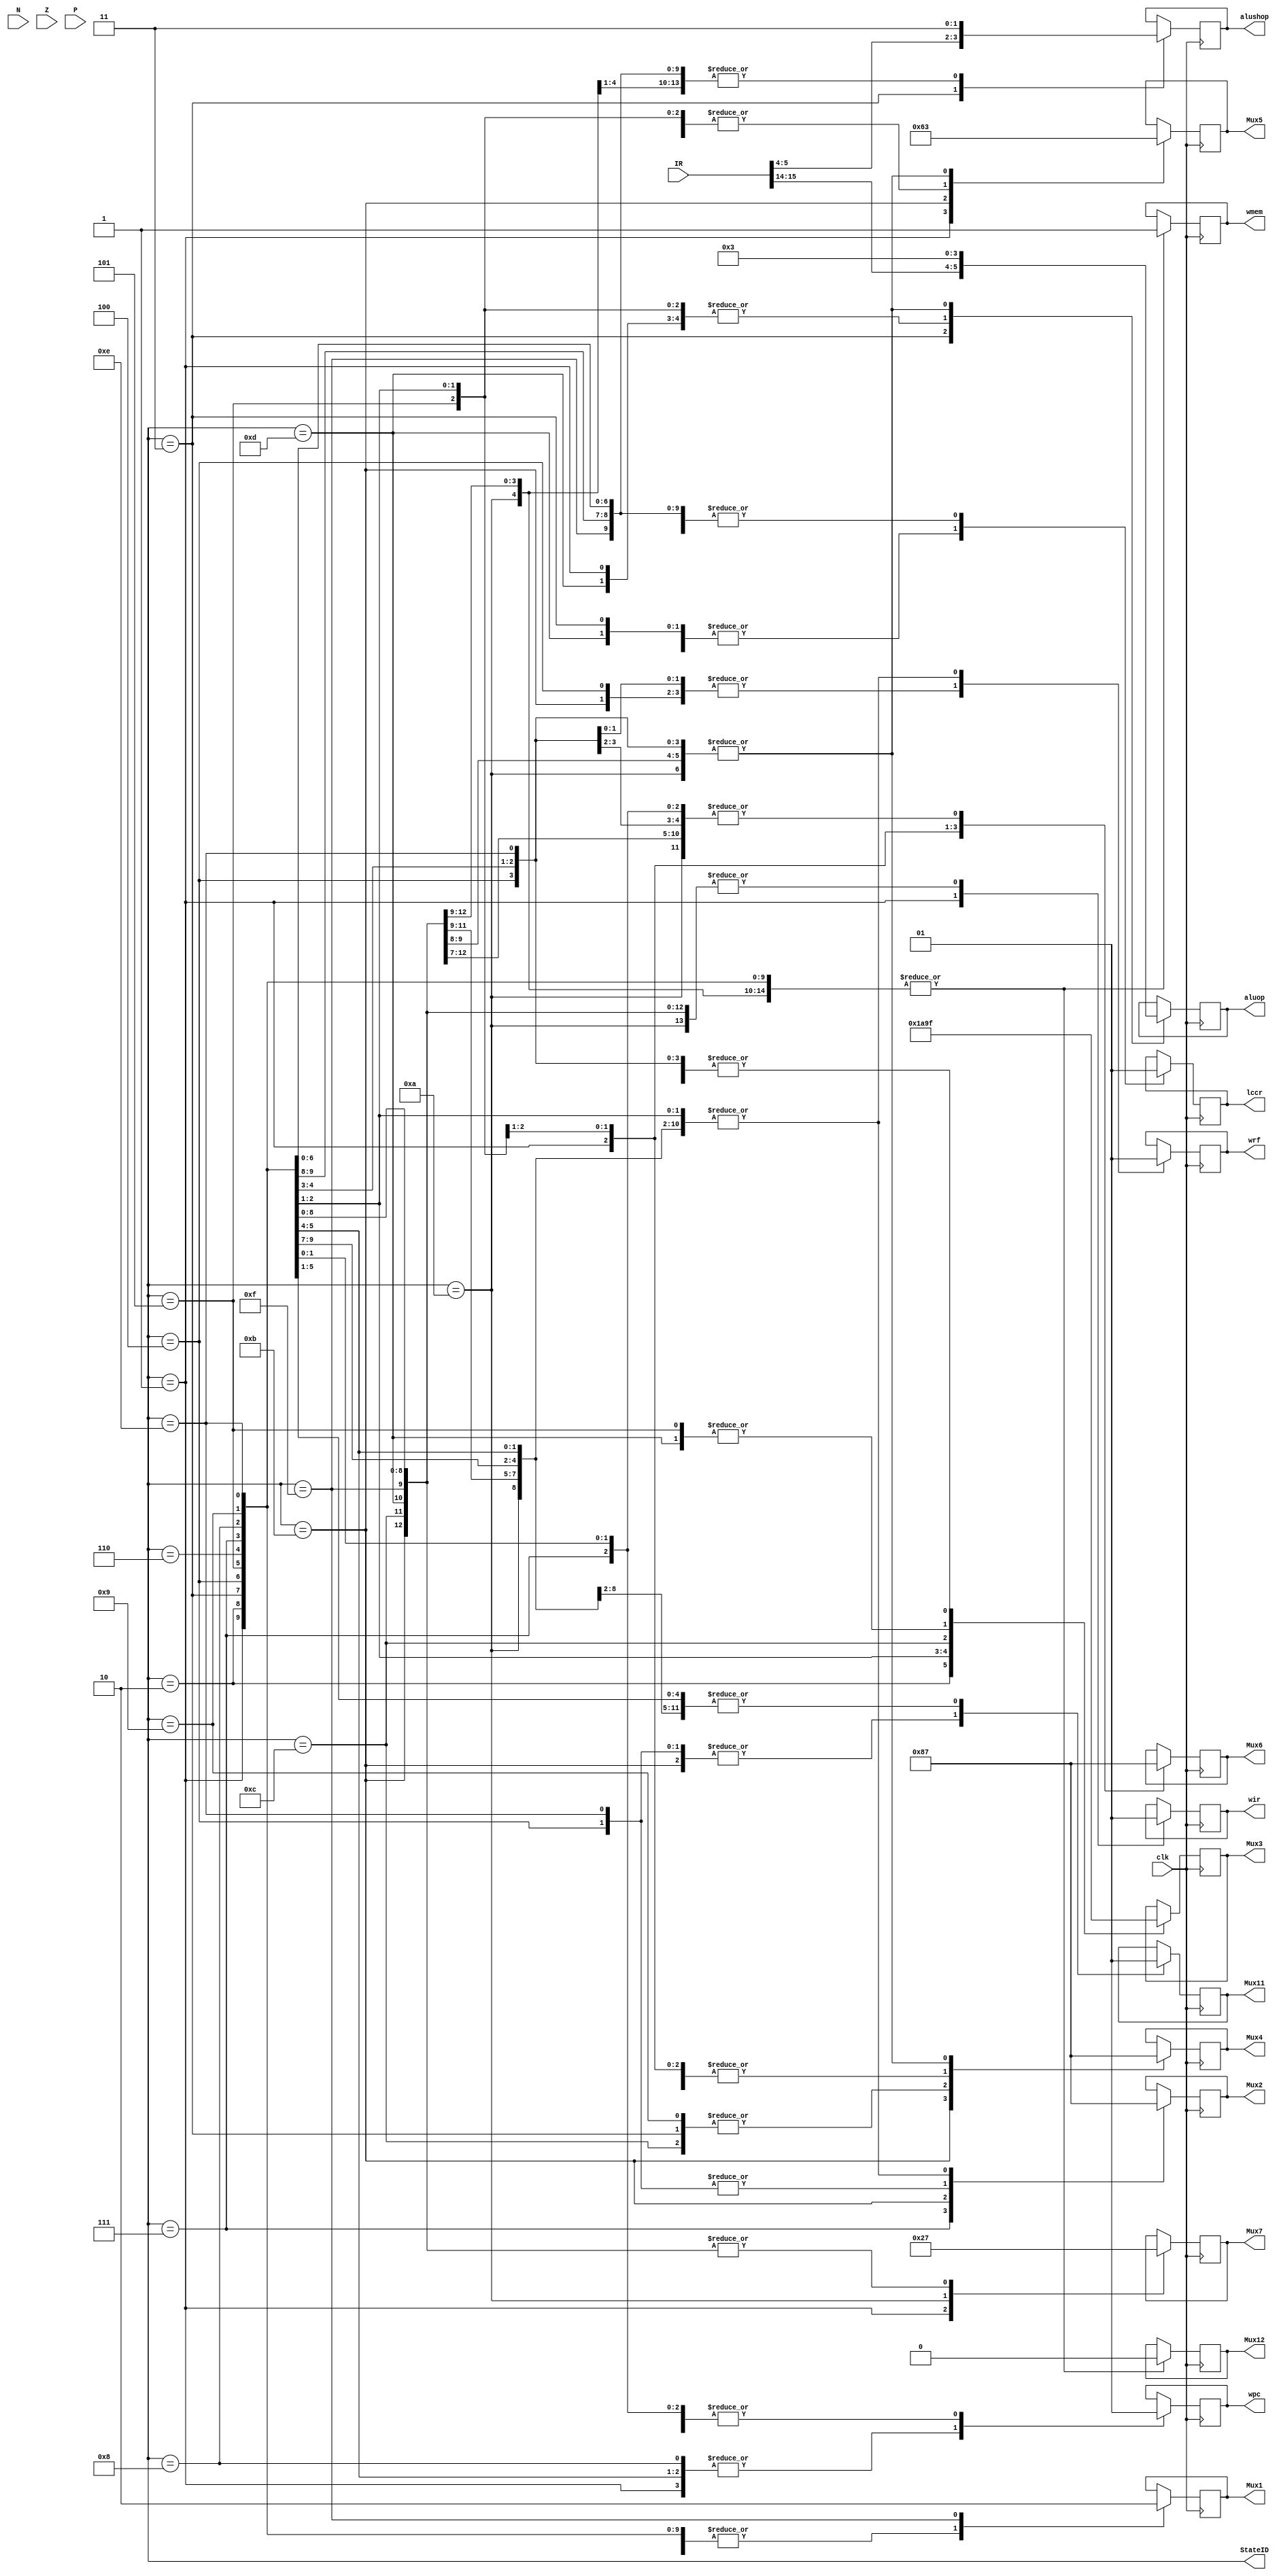
module controller(clk, IR, N, Z, P, StateID, Mux1, Mux2, Mux3, Mux4, Mux5, Mux6, Mux7, Mux11, Mux12, wrf, wpc, wir, lccr, aluop, alushop, wmem);		// Implements the designed controller for LC-3b.

	input  [15:0] IR;
	input  clk, N, Z, P;
	output reg [3:0] StateID;
	output reg Mux1;
	output reg [1:0] Mux2;
	output reg [2:0] Mux3;
	output reg [1:0] Mux4;
	output reg [1:0] Mux5;
	output reg [1:0] Mux6;
	output reg [1:0] Mux7;
	output reg Mux11;
	output reg Mux12;
	output reg wrf;
	output reg wpc;
	output reg wir;
	output reg lccr;
	output reg [1:0] aluop;
	output reg [1:0] alushop;
	output reg wmem;

	assign Mux8 =  IR[5];
	assign Mux9 =  (IR[11] && N) || (IR[10] && Z) || (IR[9] && P);
	assign Mux10 = IR[11];

	always@(posedge clk) begin
		case(StateID)
			1: begin
				Mux1 = 1'b1;
				Mux2 = 2'b11;
				Mux3 = 3'b111;
				Mux4 = 2'b01;
				Mux5 = 2'b01;
				Mux6 = 2'b10;
				Mux7 = 2'b10;
				Mux11 = 1'b1;
				Mux12 = 1'b0;
				wrf = 1'b1;
				wpc = 1'b0;
				wir = 1'b0;
				lccr = 1'b1;
				aluop = 2'b00;
				alushop = 2'b11;
				wmem = 1'b1;
			end
			2: begin
				Mux1 = 1'b1;
				Mux2 = 2'b11;
				Mux3 = 3'b000;
				Mux4 = 2'b11;
				Mux5 = 2'b11;
				Mux6 = 2'b11;
				Mux7 = 2'b11;
				Mux11 = 1'b1;
				Mux12 = 1'b0;
				wrf = 1'b1;
				wpc = 1'b1;
				wir = 1'b1;
				lccr = 1'b1;
				aluop = 2'b11;
				alushop = 2'b11;
				wmem = 1'b1;
			end
			3: begin
				Mux1 = 1'b1;
				Mux2 = 2'b11;
				Mux3 = 3'b111;
				Mux4 = 2'b00;
				Mux5 = 2'b00;
				Mux6 = 2'b11;
				Mux7 = 2'b11;
				Mux11 = 1'b1;
				Mux12 = 1'b0;
				wrf = 1'b1;
				wpc = 1'b1;
				wir = 1'b1;
				lccr = 1'b0;
				aluop = {IR[15], IR[14]};
				alushop = {IR[5], IR[4]};
				wmem = 1'b1;
			end
			4: begin
				Mux1 = 1'b1;
				Mux2 = 2'b01;
				Mux3 = 3'b111;
				Mux4 = 2'b11;
				Mux5 = 2'b11;
				Mux6 = 2'b11;
				Mux7 = 2'b11;
				Mux11 = 1'b0;
				Mux12 = 1'b0;
				wrf = 1'b0;
				wpc = 1'b1;
				wir = 1'b1;
				lccr = 1'b1;
				aluop = 2'b11;
				alushop = 2'b11;
				wmem = 1'b1;
			end
			5: begin
				Mux1 = 1'b1;
				Mux2 = 2'b11;
				Mux3 = 3'b011;
				Mux4 = 2'b01;
				Mux5 = 2'b00;
				Mux6 = 2'b00;
				Mux7 = 2'b11;
				Mux11 = 1'b1;
				Mux12 = 1'b0;
				wrf = 1'b1;
				wpc = 1'b0;
				wir = 1'b1;
				lccr = 1'b1;
				aluop = 2'b00;
				alushop = 2'b11;
				wmem = 1'b1;
			end
			6: begin
				Mux1 = 1'b1;
				Mux2 = 2'b11;
				Mux3 = 3'b111;
				Mux4 = 2'b11;
				Mux5 = 2'b11;
				Mux6 = 2'b11;
				Mux7 = 2'b11;
				Mux11 = 1'b1;
				Mux12 = 1'b0;
				wrf = 1'b1;
				wpc = 1'b0;
				wir = 1'b1;
				lccr = 1'b1;
				aluop = 2'b11;
				alushop = 2'b11;
				wmem = 1'b1;
			end
			7: begin
				Mux1 = 1'b1;
				Mux2 = 2'b10;
				Mux3 = 3'b111;
				Mux4 = 2'b11;
				Mux5 = 2'b11;
				Mux6 = 2'b11;
				Mux7 = 2'b11;
				Mux11 = 1'b1;
				Mux12 = 1'b0;
				wrf = 1'b0;
				wpc = 1'b1;
				wir = 1'b1;
				lccr = 1'b1;
				aluop = 2'b11;
				alushop = 2'b11;
				wmem = 1'b1;
			end
			8: begin
				Mux1 = 1'b1;
				Mux2 = 2'b11;
				Mux3 = 3'b001;
				Mux4 = 2'b01;
				Mux5 = 2'b00;
				Mux6 = 2'b01;
				Mux7 = 2'b11;
				Mux11 = 1'b1;
				Mux12 = 1'b0;
				wrf = 1'b1;
				wpc = 1'b0;
				wir = 1'b1;
				lccr = 1'b1;
				aluop = 2'b00;
				alushop = 2'b11;
				wmem = 1'b1;
			end
			9: begin
				Mux1 = 1'b1;
				Mux2 = 2'b11;
				Mux3 = 3'b101;
				Mux4 = 2'b00;
				Mux5 = 2'b00;
				Mux6 = 2'b11;
				Mux7 = 2'b11;
				Mux11 = 1'b1;
				Mux12 = 1'b0;
				wrf = 1'b1;
				wpc = 1'b1;
				wir = 1'b1;
				lccr = 1'b1;
				aluop = 2'b00;
				alushop = 2'b11;
				wmem = 1'b1;
			end
			10: begin
				Mux1 = 1'b1;
				Mux2 = 2'b11;
				Mux3 = 3'b111;
				Mux4 = 2'b11;
				Mux5 = 2'b11;
				Mux6 = 2'b11;
				Mux7 = 2'b01;
				Mux11 = 1'b1;
				Mux12 = 1'b0;
				wrf = 1'b1;
				wpc = 1'b1;
				wir = 1'b1;
				lccr = 1'b1;
				aluop = 2'b11;
				alushop = 2'b11;
				wmem = 1'b1;
			end
			11: begin
				Mux1 = 1'b1;
				Mux2 = 2'b00;
				Mux3 = 3'b111;
				Mux4 = 2'b10;
				Mux5 = 2'b10;
				Mux6 = 2'b11;
				Mux7 = 2'b11;
				Mux11 = 1'b0;
				Mux12 = 1'b0;
				wrf = 1'b0;
				wpc = 1'b1;
				wir = 1'b1;
				lccr = 1'b0;
				aluop = 2'b00;
				alushop = 2'b11;
				wmem = 1'b1;
			end
			12: begin
				Mux1 = 1'b1;
				Mux2 = 2'b11;
				Mux3 = 3'b010;
				Mux4 = 2'b00;
				Mux5 = 2'b00;
				Mux6 = 2'b11;
				Mux7 = 2'b11;
				Mux11 = 1'b1;
				Mux12 = 1'b0;
				wrf = 1'b1;
				wpc = 1'b1;
				wir = 1'b1;
				lccr = 1'b1;
				aluop = 2'b00;
				alushop = 2'b11;
				wmem = 1'b1;
			end
			13: begin
				Mux1 = 1'b1;
				Mux2 = 2'b11;
				Mux3 = 3'b011;
				Mux4 = 2'b01;
				Mux5 = 2'b00;
				Mux6 = 2'b11;
				Mux7 = 2'b11;
				Mux11 = 1'b1;
				Mux12 = 1'b0;
				wrf = 1'b1;
				wpc = 1'b1;
				wir = 1'b1;
				lccr = 1'b0;
				aluop = 2'b00;
				alushop = 2'b11;
				wmem = 1'b1;
			end
			14: begin
				Mux1 = 1'b1;
				Mux2 = 2'b01;
				Mux3 = 3'b111;
				Mux4 = 2'b11;
				Mux5 = 2'b11;
				Mux6 = 2'b11;
				Mux7 = 2'b11;
				Mux11 = 1'b0;
				Mux12 = 1'b0;
				wrf = 1'b0;
				wpc = 1'b1;
				wir = 1'b1;
				lccr = 1'b1;
				aluop = 2'b11;
				alushop = 2'b11;
				wmem = 1'b1;
			end
			15: begin
				Mux1 = 1'b0;
				Mux2 = 2'b11;
				Mux3 = 3'b111;
				Mux4 = 2'b11;
				Mux5 = 2'b11;
				Mux6 = 2'b11;
				Mux7 = 2'b11;
				Mux11 = 1'b1;
				Mux12 = 1'b0;
				wrf = 1'b1;
				wpc = 1'b1;
				wir = 1'b1;
				lccr = 1'b1;
				aluop = 2'b11;
				alushop = 2'b11;
				wmem = 1'b1;
			end
			16: begin
				Mux1 = 1'b0;
				Mux2 = 2'b11;
				Mux3 = 3'b101;
				Mux4 = 2'b00;
				Mux5 = 2'b00;
				Mux6 = 2'b11;
				Mux7 = 2'b11;
				Mux11 = 1'b1;
				Mux12 = 1'b0;
				wrf = 1'b1;
				wpc = 1'b1;
				wir = 1'b1;
				lccr = 1'b1;
				aluop = 2'b00;
				alushop = 2'b11;
				wmem = 1'b1;
			end
			17: begin
				Mux1 = 1'b1;
				Mux2 = 2'b11;
				Mux3 = 3'b111;
				Mux4 = 2'b11;
				Mux5 = 2'b11;
				Mux6 = 2'b11;
				Mux7 = 2'b01;
				Mux11 = 1'b1;
				Mux12 = 1'b0;
				wrf = 1'b1;
				wpc = 1'b1;
				wir = 1'b1;
				lccr = 1'b1;
				aluop = 2'b11;
				alushop = 2'b11;
				wmem = 1'b0;
			end
			18: begin
				Mux1 = 1'b1;
				Mux2 = 2'b11;
				Mux3 = 3'b010;
				Mux4 = 2'b00;
				Mux5 = 2'b00;
				Mux6 = 2'b11;
				Mux7 = 2'b11;
				Mux11 = 1'b1;
				Mux12 = 1'b0;
				wrf = 1'b1;
				wpc = 1'b1;
				wir = 1'b1;
				lccr = 1'b1;
				aluop = 2'b00;
				alushop = 2'b11;
				wmem = 1'b1;
			end
		endcase
	end

endmodule